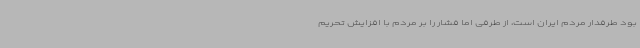
بود طرفدار مردم ایران است، از طرفی اما فشار را بر مردم با افزایش تحریم